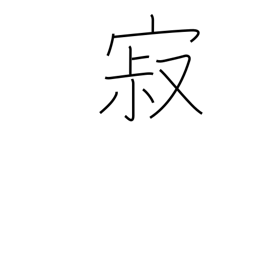
Meaning: mellow